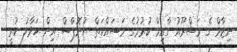
ނިޒާމް ގެ މަޝްރޫއު ގާއިމް ކުރުމުގެ މަސައްކަތް ޔުނޮޕްސް އިން ހަވާލު ކުރީ